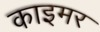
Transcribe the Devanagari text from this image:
काइमर